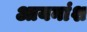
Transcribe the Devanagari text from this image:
आयनांश